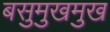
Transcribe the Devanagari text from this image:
बसुमुखमुख